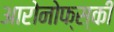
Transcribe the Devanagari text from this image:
आरोनोफ्स्की